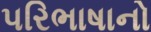
પરિભાષાનો